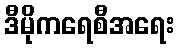
ဒီမိုကရေစီအရေး